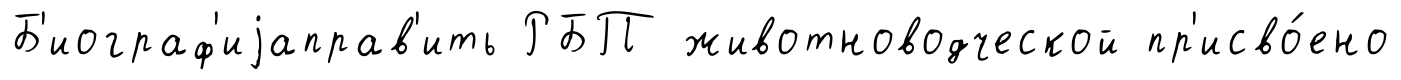
Б'иограф'иjаправ'ить РБП животноводческой пр'исво́ено